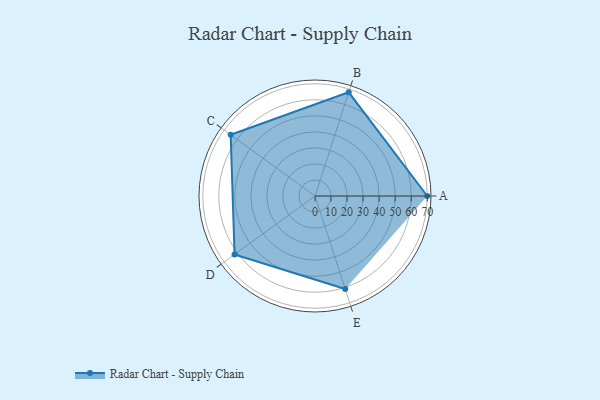
{"axis": {"x": "Skill", "y": "Score"}, "legend": ["Profile"], "data": [{"x": "A", "y": 70.0, "type": "Profile"}, {"x": "B", "y": 68.0, "type": "Profile"}, {"x": "C", "y": 65.0, "type": "Profile"}, {"x": "D", "y": 62.0, "type": "Profile"}, {"x": "E", "y": 61.0, "type": "Profile"}]}